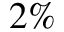
2 \%